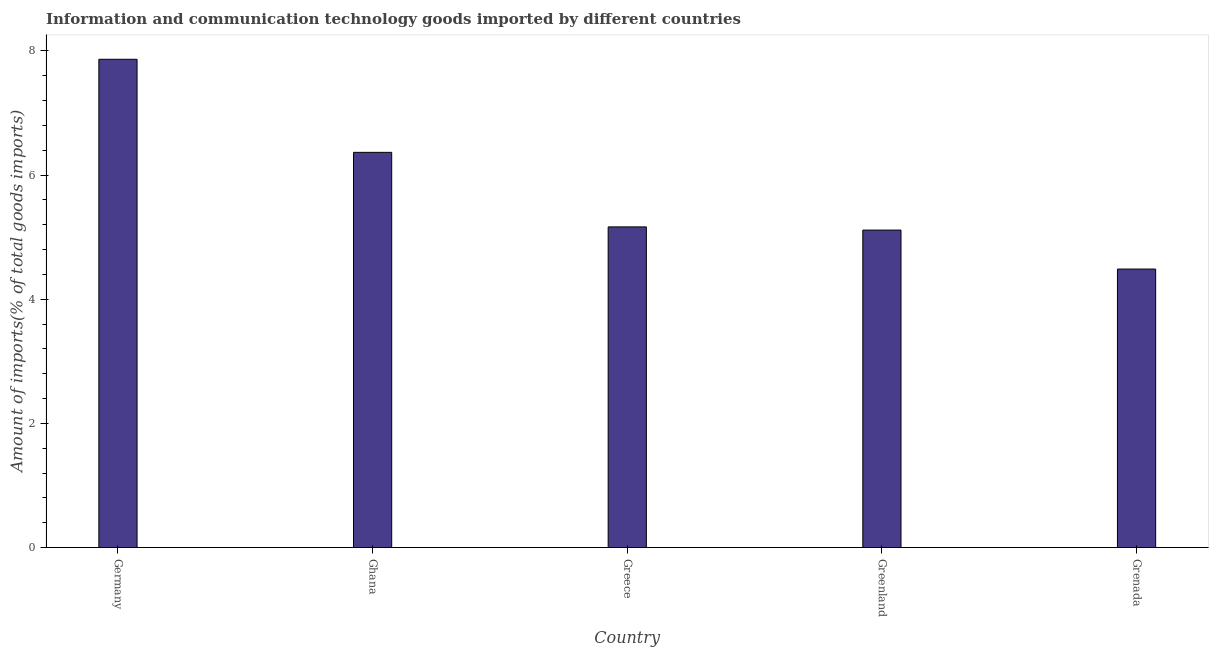
| Country | ICT goods imports |
 | --- | --- |
 | Germany | 7.87 |
 | Ghana | 6.37 |
 | Greece | 5.17 |
 | Greenland | 5.11 |
 | Grenada | 4.49 |